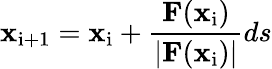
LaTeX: \mathbf{x}_{\mathrm{i+1}}=\mathbf{x}_{\mathrm{i}}+{\frac{\mathbf{F}(\mathbf{x}_{\mathrm{i}})}{|\mathbf{F}(\mathbf{x}_{\mathrm{i}})|}}ds